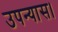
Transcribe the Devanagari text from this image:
उपन्‍यास।